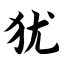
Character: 犹